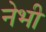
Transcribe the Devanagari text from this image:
नेभी